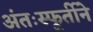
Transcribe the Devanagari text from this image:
अंतःस्फूर्तीने